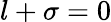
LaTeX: l+\sigma=0